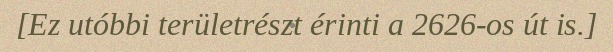
[Ez utóbbi területrészt érinti a 2626-os út is.]